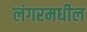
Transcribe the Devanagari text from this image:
लंगरमधील